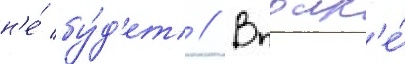
н'е́ бу́д'ет // Вполн'е́